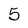
Character: 5